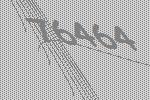
76464